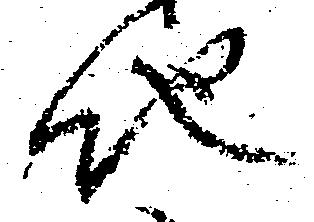
地